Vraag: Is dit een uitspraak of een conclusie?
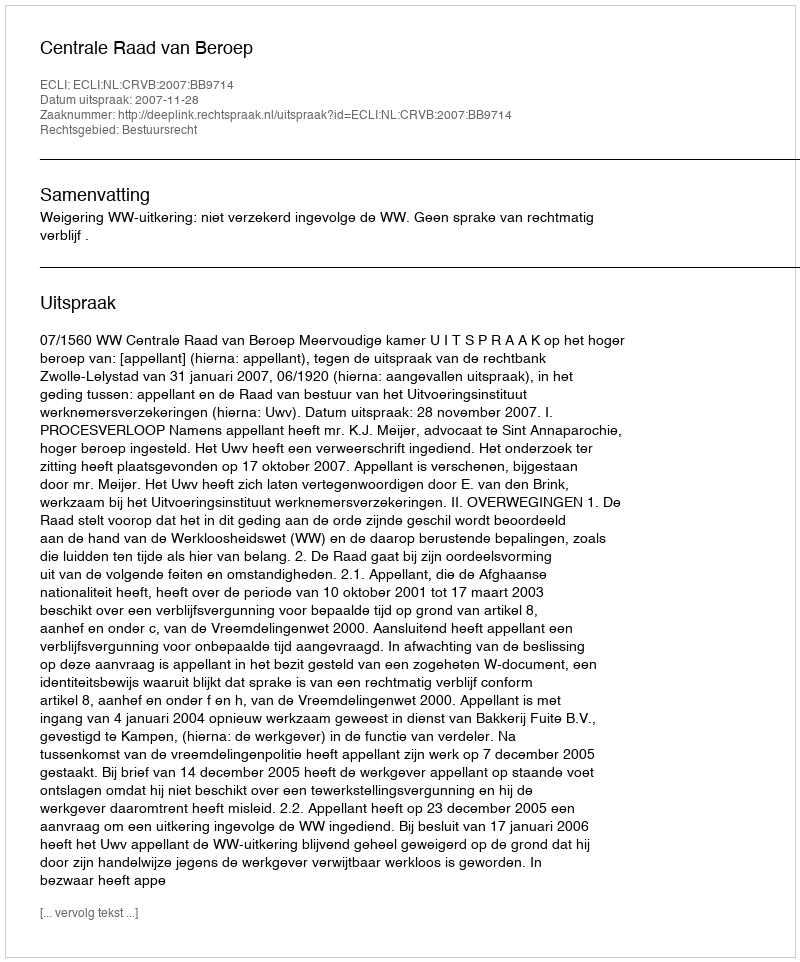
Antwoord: Uitspraak